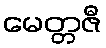
မေတ္တဇီ